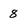
Character: 8